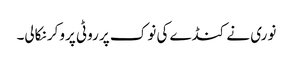
نوری نے کنڈے کی نوک پر روٹی پروکر نکالی۔